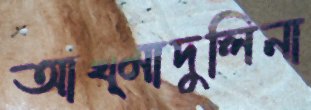
আখ্মাদুলিনা